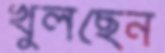
খুলছেন